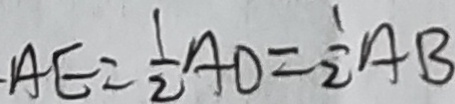
A E = \frac { 1 } { 2 } A D = \frac { 1 } { 2 } A B